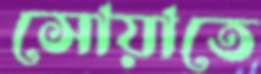
সোয়াতে